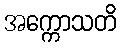
အက္ကောသတိ